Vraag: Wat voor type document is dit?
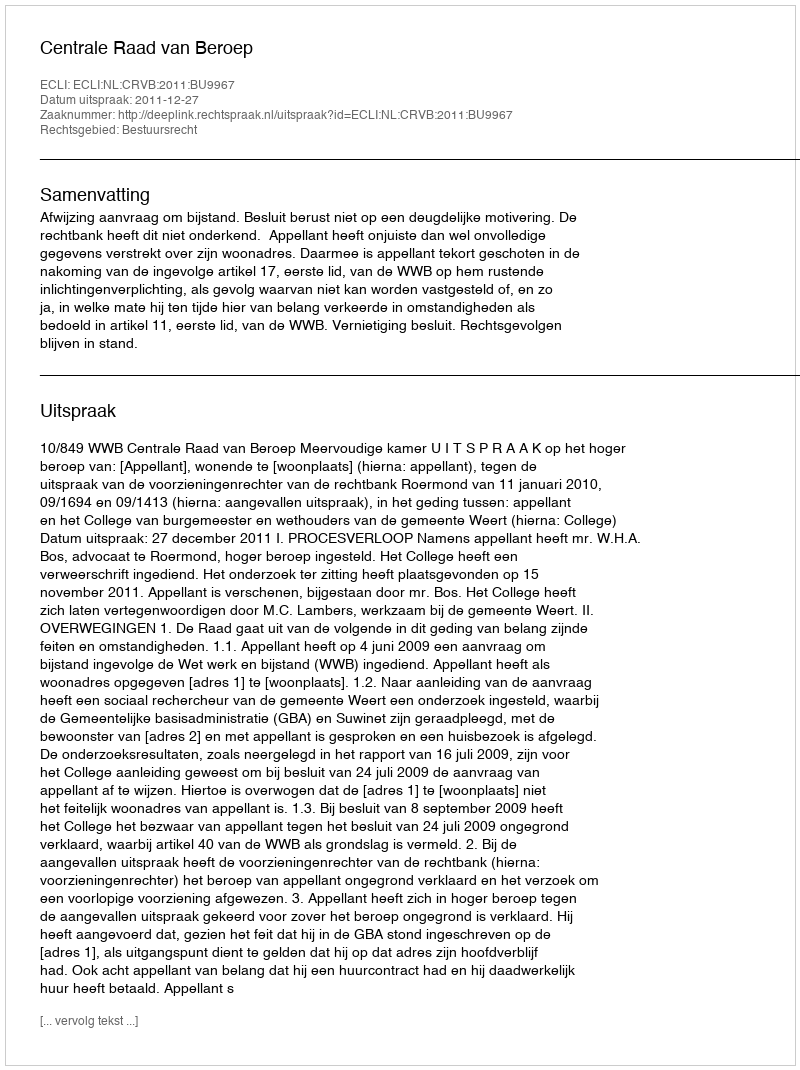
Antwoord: Uitspraak